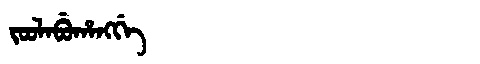
Manchu: ᠵᠣᠣᠯᠠᠪᡠᡥᠠᠩᡤᡝ
Romanization: JOOLABUHANGGE